Annual report of the Punjab Veterinary College and of the Civil Veterinary Department, Punjab - 1920-1925
Year: 1920
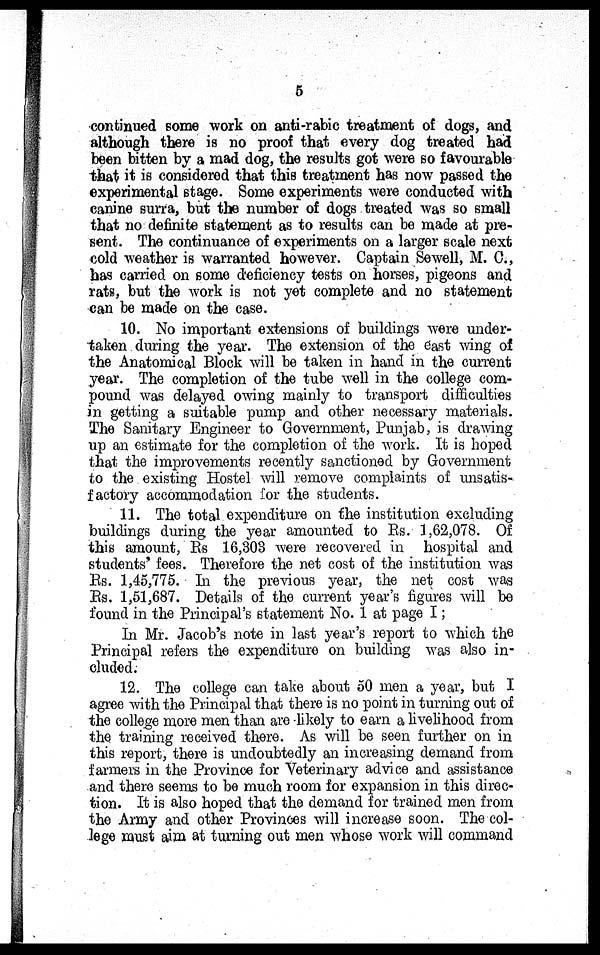
5
continued some work on anti-rabic treatment of dogs, and
although there is no proof that every dog treated had
been bitten by a mad dog, the results got were so favourable
that it is considered that this treatment has now passed the
experimental stage. Some experiments were conducted with
canine surra, but the number of dogs treated was so small
that no definite statement as to results can be made at pre-
sent. The continuance of experiments on a larger scale next
cold weather is warranted however. Captain Sewell, M. C.,
has carried on some deficiency tests on horses, pigeons and
rats, but the work is not yet complete and no statement
can be made on the case.
10. No important extensions of buildings were under-
taken during the year. The extension of the east wing of
the Anatomical Block will be taken in hand in the current
year. The completion of the tube well in the college com-
pound was delayed owing mainly to transport difficulties
in getting a suitable pump and other necessary materials.
The Sanitary Engineer to Government, Punjab, is drawing
up an estimate for the completion of the work. It is hoped
that the improvements recently sanctioned by Government
to the existing Hostel will remove complaints of unsatis-
factory accommodation for the students.
11. The total expenditure on the institution excluding
buildings during the year amounted to Rs. 1,62,078. Of
this amount, Rs 16,303 were recovered in hospital and
students' fees. Therefore the net cost of the institution was
Rs. 1,45,775. In the previous year, the net cost was
Rs. 1,51,687. Details of the current year's figures will be
found in the Principal's statement No. 1 at page I;
In Mr. Jacob's note in last year's report to which the
Principal refers the expenditure on building was also in-
cluded.
12. The college can take about 50 men a year, but I
agree with the Principal that there is no point in turning out of
the college more men than are likely to earn a livelihood from
the training received there. As will be seen further on in
this report, there is undoubtedly an increasing demand from
farmers in the Province for Veterinary advice and assistance
and there seems to be much room for expansion in this direc-
tion. It is also hoped that the demand for trained men from
the Army and other Provinces will increase soon. The col-
lege must aim at turning out men whose work will command